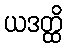
ယဒတ္ထိ